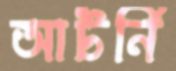
আটর্নি